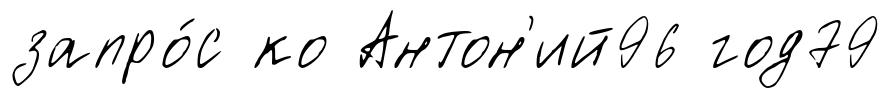
запро́с ко Антон'ий96 год79